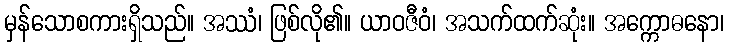
မှန်သောစကားရှိသည်။ အဿံ၊ ဖြစ်လို၏။ ယာဝဇီဝံ၊ အသက်ထက်ဆုံး။ အက္ကောဓနော၊